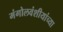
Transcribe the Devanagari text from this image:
मंगोलवंशीयांच्या